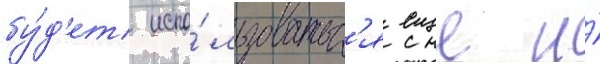
бу́д'ет испо́льзоватьс'я еще и́